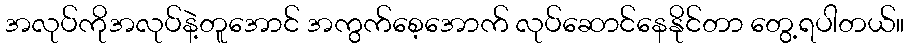
အလုပ်ကိုအလုပ်နဲ့တူအောင် အကွက်စေ့အောက် လုပ်ဆောင်နေနိုင်တာ တွေ့ရပါတယ်။